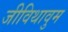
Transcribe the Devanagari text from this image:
जीविथावुम